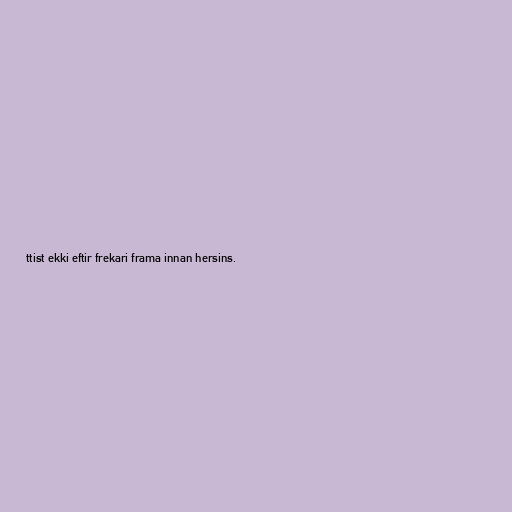
ttist ekki eftir frekari frama innan hersins.